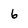
Character: 6